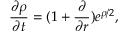
\frac { \partial \rho } { \partial t } = ( 1 + \frac { \partial } { \partial r } ) e ^ { \rho / 2 } ,